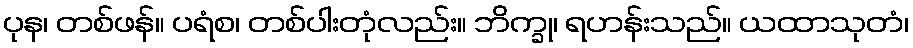
ပုန၊ တစ်ဖန်။ ပရံစ၊ တစ်ပါးတုံလည်း။ ဘိက္ခု၊ ရဟန်းသည်။ ယထာသုတံ၊